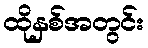
ထိုနှစ်အတွင်း